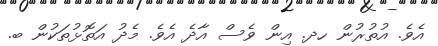
އެވެ. އުތުރުން ހދ. އިން ވެސް އާދެ އެވެ. މެދު އަތޮޅުތަކުން ބ.